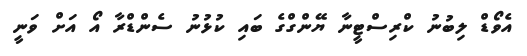
އެވޯޑް ލިބުނު ކްރިސްޓީނާ ޔޭންގްގެ ބައި ކުޅުނު ސެންޑްރާ އޯ އަށް ވަނީ